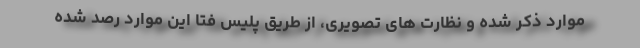
موارد ذکر شده و نظارت های تصویری، از طریق پلیس فتا این موارد رصد شده